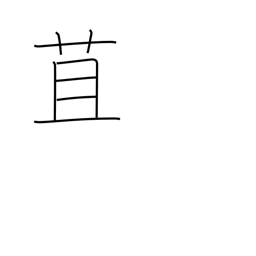
Meaning: straw wrapper